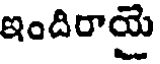
ఇందిరాయై